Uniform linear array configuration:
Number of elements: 24
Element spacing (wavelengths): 0.5
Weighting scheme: hamming
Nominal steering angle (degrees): -30
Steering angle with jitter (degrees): -30.527
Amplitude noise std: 0.05
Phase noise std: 0.05

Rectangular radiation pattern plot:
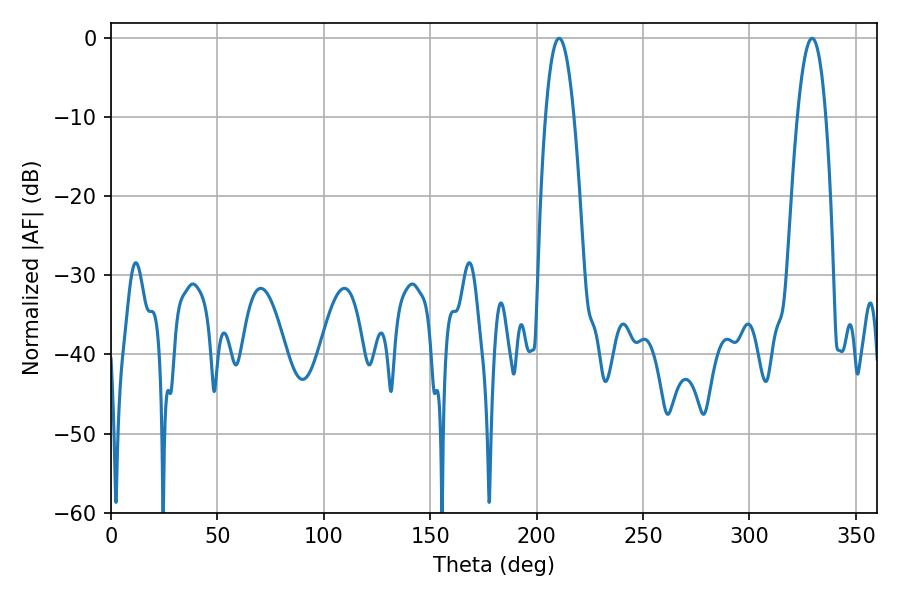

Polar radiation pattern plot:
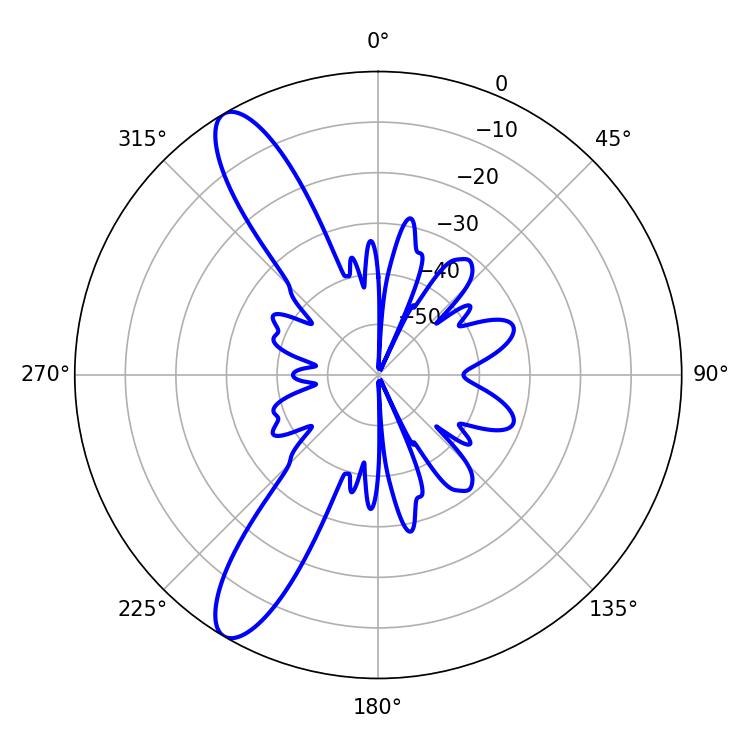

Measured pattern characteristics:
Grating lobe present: FALSE
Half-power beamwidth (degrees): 7.38
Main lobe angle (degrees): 210.6